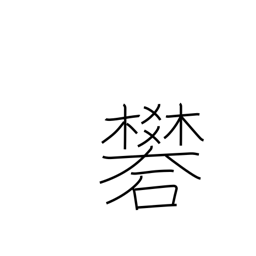
Meaning: alum